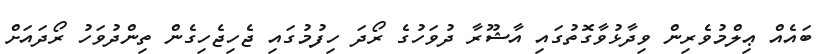
ބައެއް ޢިލްމުވެރިން ވިދާޅުވާގޮތުގައި އާޝޫރާ ދުވަހުގެ ރޯދަ ހިފުމުގައި ޖެހިޖެހިގެން ތިންދުވަހު ރޯދައަށް